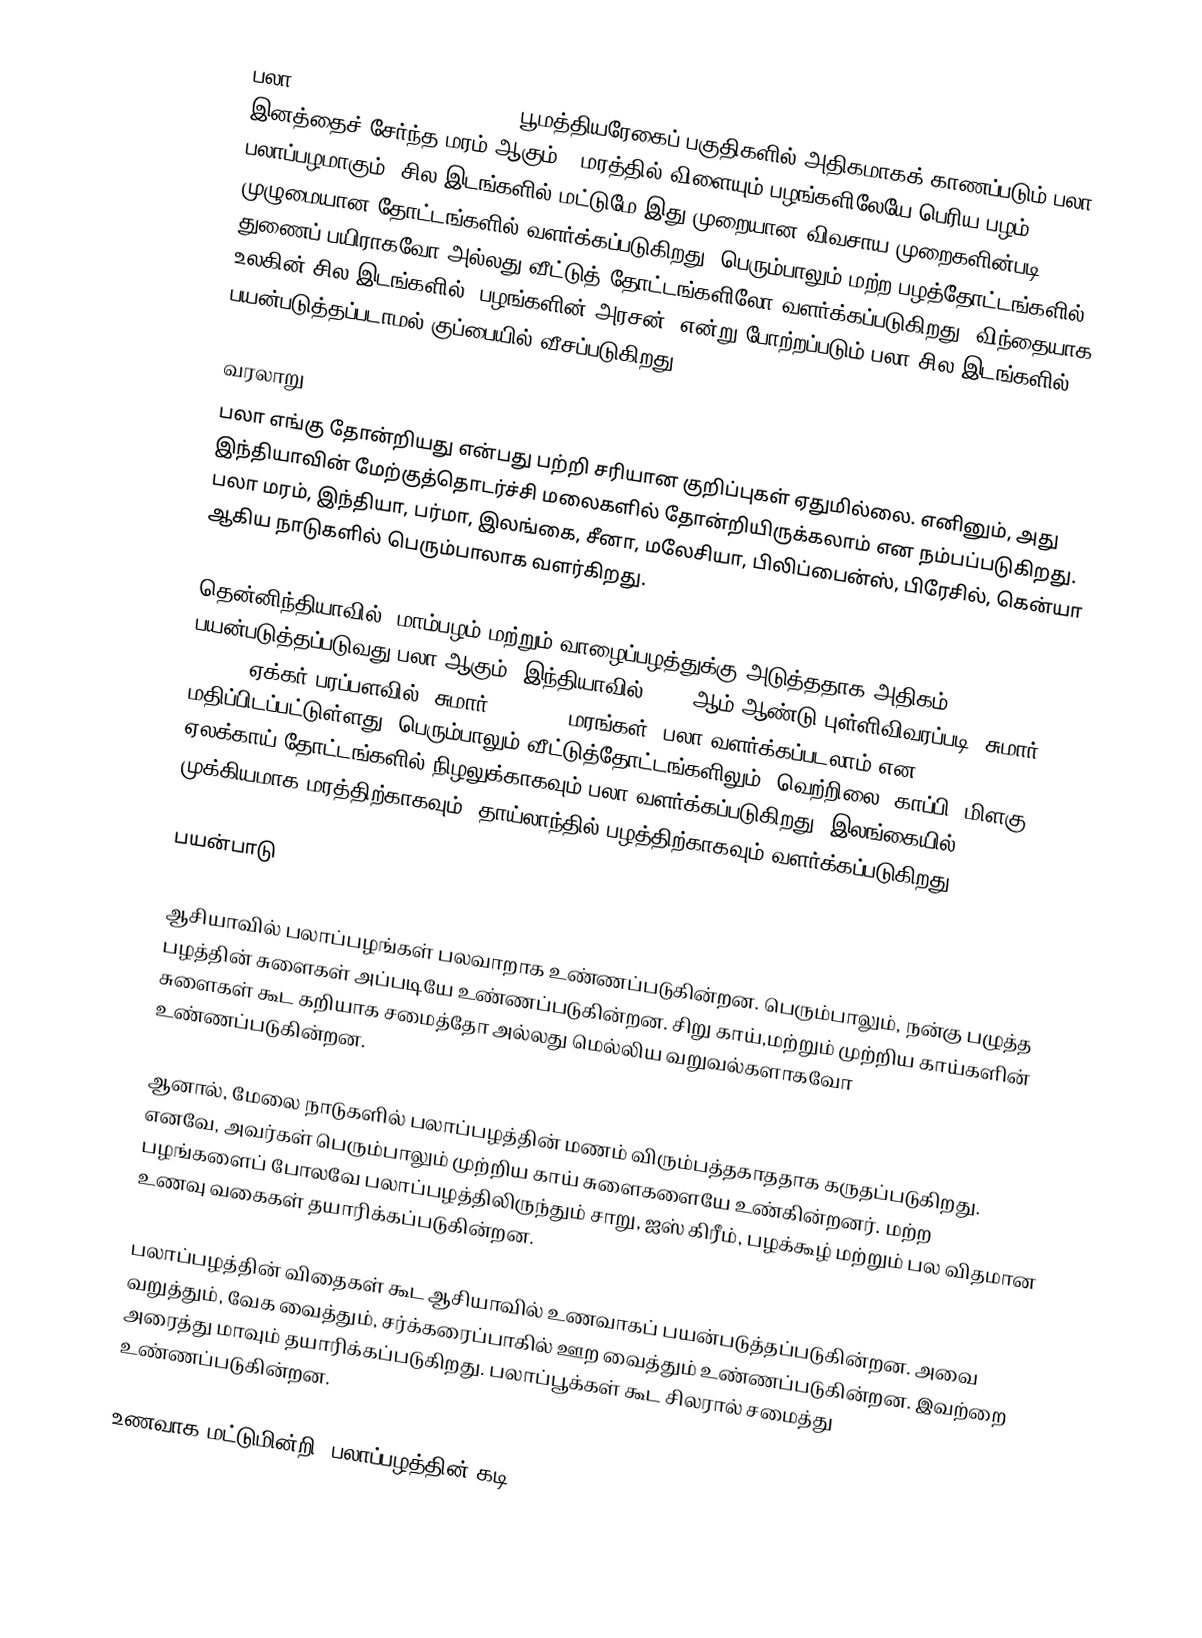
பலா (Atrocarpus heterophyllus) பூமத்தியரேகைப் பகுதிகளில் அதிகமாகக் காணப்படும் பலா இனத்தைச் சேர்ந்த மரம் ஆகும் . மரத்தில் விளையும் பழங்களிலேயே பெரிய பழம் பலாப்பழமாகும். சில இடங்களில் மட்டுமே இது முறையான விவசாய முறைகளின்படி முழுமையான தோட்டங்களில் வளர்க்கப்படுகிறது. பெரும்பாலும் மற்ற பழத்தோட்டங்களில் துணைப் பயிராகவோ அல்லது வீட்டுத் தோட்டங்களிலோ வளர்க்கப்படுகிறது. விந்தையாக, உலகின் சில இடங்களில் 'பழங்களின் அரசன்' என்று போற்றப்படும் பலா சில இடங்களில் பயன்படுத்தப்படாமல் குப்பையில் வீசப்படுகிறது.

வரலாறு
பலா எங்கு தோன்றியது என்பது பற்றி சரியான குறிப்புகள் ஏதுமில்லை. எனினும், அது இந்தியாவின் மேற்குத்தொடர்ச்சி மலைகளில் தோன்றியிருக்கலாம் என நம்பப்படுகிறது. பலா மரம், இந்தியா, பர்மா, இலங்கை, சீனா, மலேசியா, பிலிப்பைன்ஸ், பிரேசில், கென்யா ஆகிய நாடுகளில் பெரும்பாலாக வளர்கிறது.

தென்னிந்தியாவில், மாம்பழம் மற்றும் வாழைப்பழத்துக்கு அடுத்ததாக அதிகம் பயன்படுத்தப்படுவது பலா ஆகும். இந்தியாவில், 2000ஆம் ஆண்டு புள்ளிவிவரப்படி, சுமார் 14,286 ஏக்கர் பரப்பளவில் (சுமார் 1,00,000 மரங்கள்) பலா வளர்க்கப்படலாம் என மதிப்பிடப்பட்டுள்ளது. பெரும்பாலும் வீட்டுத்தோட்டங்களிலும், வெற்றிலை, காப்பி, மிளகு, ஏலக்காய் தோட்டங்களில் நிழலுக்காகவும் பலா வளர்க்கப்படுகிறது. இலங்கையில், முக்கியமாக மரத்திற்காகவும், தாய்லாந்தில் பழத்திற்காகவும் வளர்க்கப்படுகிறது.

பயன்பாடு

ஆசியாவில் பலாப்பழங்கள் பலவாறாக உண்ணப்படுகின்றன. பெரும்பாலும், நன்கு பழுத்த பழத்தின் சுளைகள் அப்படியே உண்ணப்படுகின்றன. சிறு காய்,மற்றும் முற்றிய காய்களின் சுளைகள் கூட கறியாக சமைத்தோ அல்லது மெல்லிய வறுவல்களாகவோ உண்ணப்படுகின்றன.

ஆனால், மேலை நாடுகளில் பலாப்பழத்தின் மணம் விரும்பத்தகாததாக கருதப்படுகிறது. எனவே, அவர்கள் பெரும்பாலும் முற்றிய காய் சுளைகளையே உண்கின்றனர். மற்ற பழங்களைப் போலவே பலாப்பழத்திலிருந்தும் சாறு, ஐஸ் கிரீம், பழக்கூழ் மற்றும் பல விதமான உணவு வகைகள் தயாரிக்கப்படுகின்றன.

பலாப்பழத்தின் விதைகள் கூட ஆசியாவில் உணவாகப் பயன்படுத்தப்படுகின்றன. அவை வறுத்தும், வேக வைத்தும், சர்க்கரைப்பாகில் ஊற வைத்தும் உண்ணப்படுகின்றன. இவற்றை அரைத்து மாவும் தயாரிக்கப்படுகிறது. பலாப்பூக்கள் கூட சிலரால் சமைத்து உண்ணப்படுகின்றன.

உணவாக மட்டுமின்றி, பலாப்பழத்தின் கடி